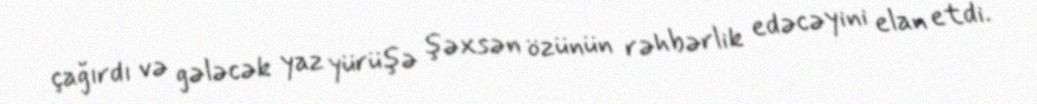
çağırdı və gələcək yaz yürüşə şəxsən özünün rəhbərlik edəcəyini elan etdi.